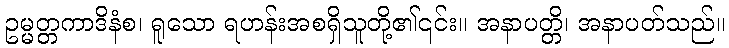
ဥမ္မတ္တကာဒိနံစ၊ ရူသော ရဟန်းအစရှိသူတို့၏၎င်း။ အနာပတ္တိ၊ အနာပတ်သည်။